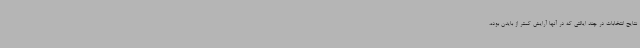
نتایج انتخابات در چند ایالتی که در آنها آرایش کمتر از بایدن بوده،